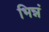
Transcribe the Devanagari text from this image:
भिन्नं